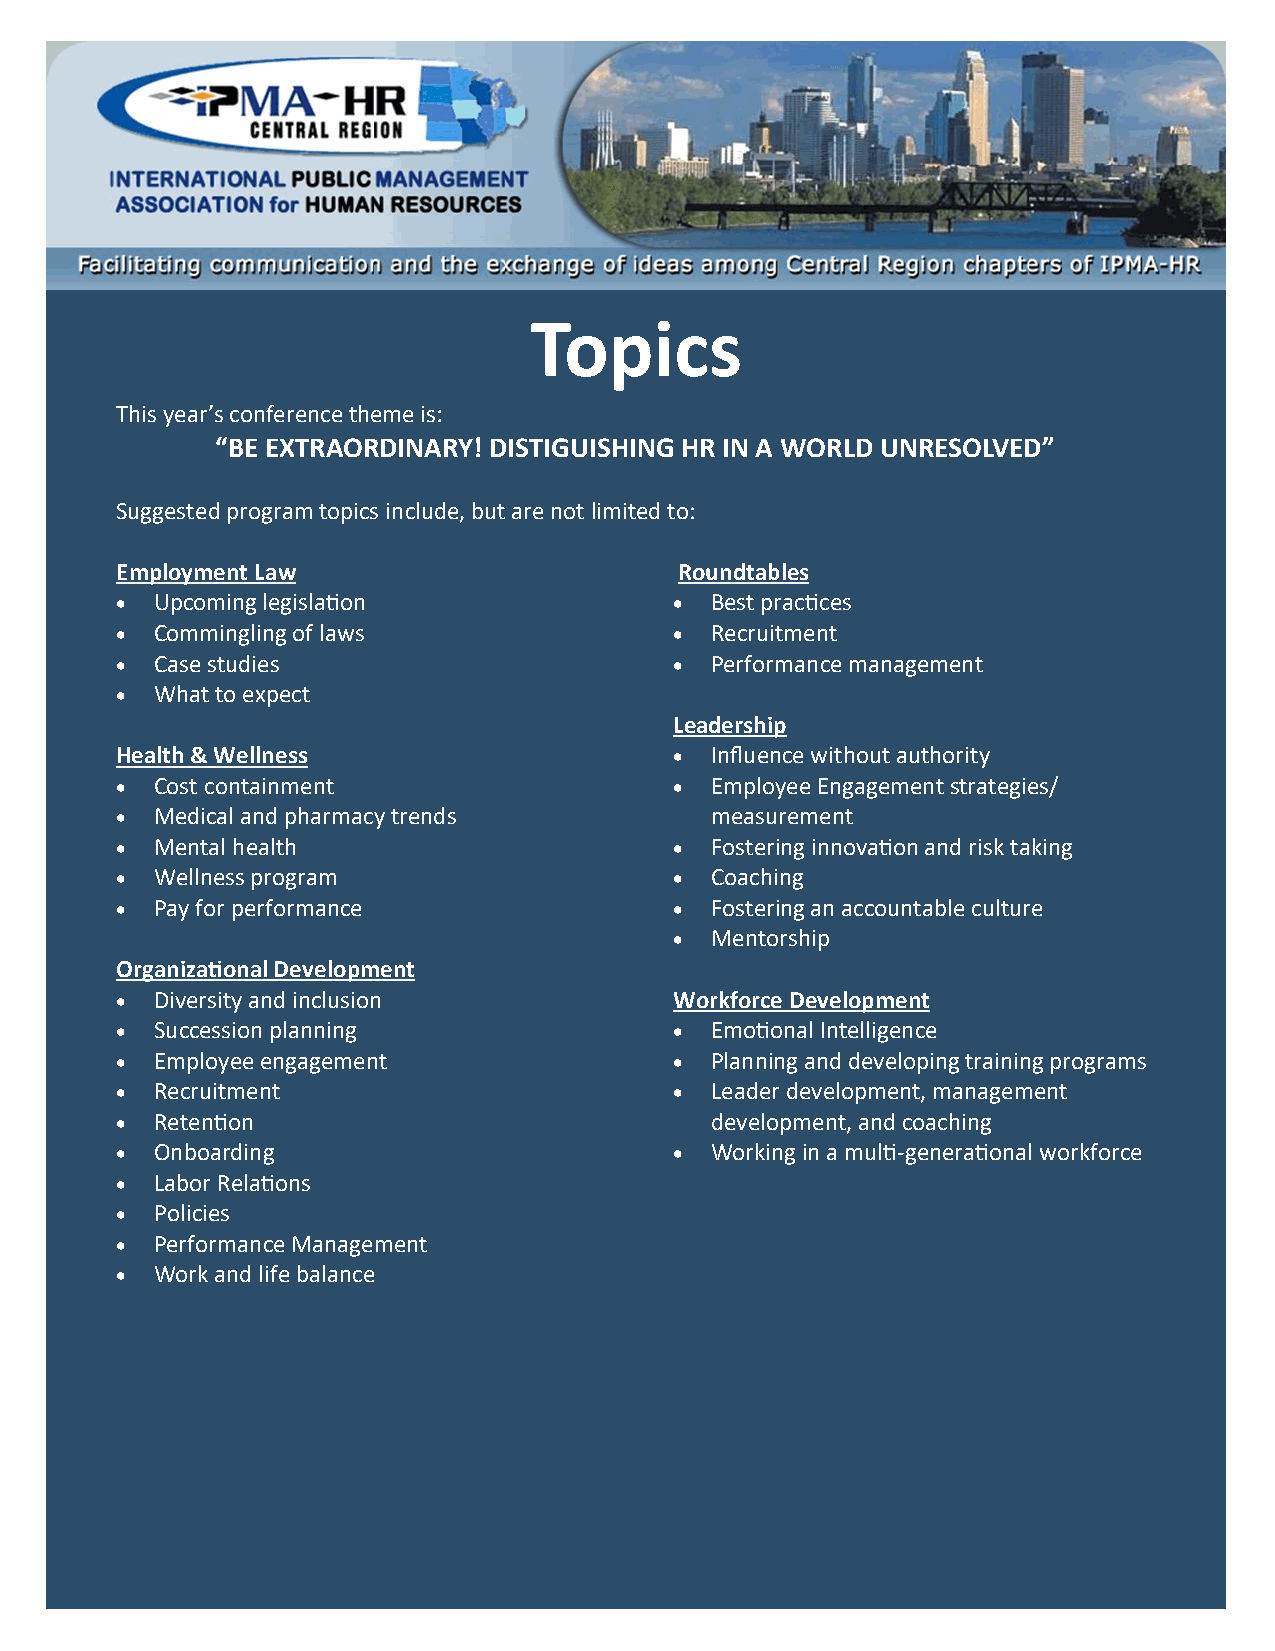
Topics
 This year’s conference theme is:
 “BE EXTRAORDINARY! DISTIGUISHING HR IN A WORLD UNRESOLVED”
 Suggested program topics include, but are not limited to:
 Employment Law                       Roundtables
 • Upcoming legislation               • Best practices
 • Commingling of laws                • Recruitment
 • Case studies                       • Performance management
 • What to expect
 Leadership
 Health & Wellness                    • Influence without authority
 • Cost containment                   • Employee Engagement strategies/
 • Medical and pharmacy trends          measurement
 • Mental health                      • Fostering innovation and risk taking
 • Wellness program                   • Coaching
 • Pay for performance                • Fostering an accountable culture
 • Mentorship
 Organizational Development
 • Diversity and inclusion            Workforce Development
 • Succession planning                • Emotional Intelligence
 • Employee engagement                • Planning and developing training programs
 • Recruitment                        • Leader development, management
 • Retention                            development, and coaching
 • Onboarding                         • Working in a multi-generational workforce
 • Labor Relations
 • Policies
 • Performance Management
 • Work and life balance